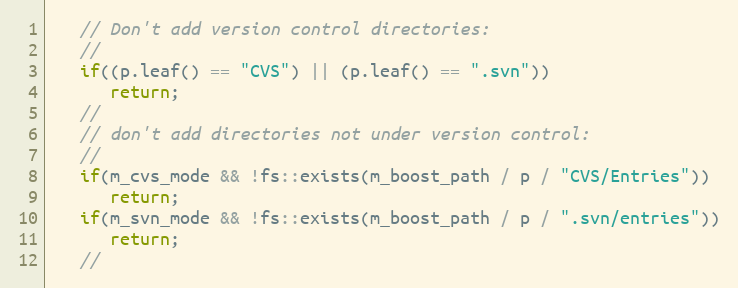
Language: C++
   // Don't add version control directories:
   //
   if((p.leaf() == "CVS") || (p.leaf() == ".svn"))
      return;
   //
   // don't add directories not under version control:
   //
   if(m_cvs_mode && !fs::exists(m_boost_path / p / "CVS/Entries"))
      return;
   if(m_svn_mode && !fs::exists(m_boost_path / p / ".svn/entries"))
      return;
   //